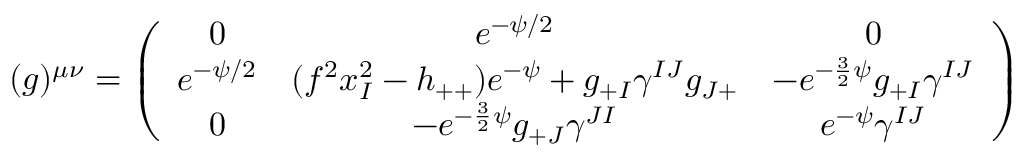
( g ) ^ { \mu \nu } = \left( \begin{array} { c c c } { { 0 } } & { { e ^ { - \psi / 2 } } } & { { 0 } } \\ { { e ^ { - \psi / 2 } } } & { { ( f ^ { 2 } x _ { I } ^ { 2 } - h _ { + + } ) e ^ { - \psi } + g _ { + I } \gamma ^ { I J } g _ { J + } } } & { { - e ^ { - \frac { 3 } { 2 } \psi } g _ { + I } \gamma ^ { I J } } } \\ { { 0 } } & { { - e ^ { - \frac { 3 } { 2 } \psi } g _ { + J } \gamma ^ { J I } } } & { { e ^ { - \psi } \gamma ^ { I J } } } \end{array} \right)